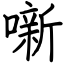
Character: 噺